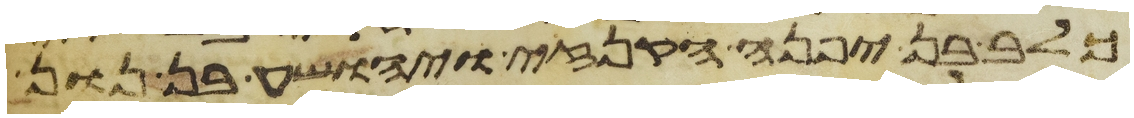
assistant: כלב בן יפנה הקנזי ויהושע בן נון